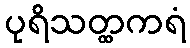
ပုရိသတ္ထကရံ